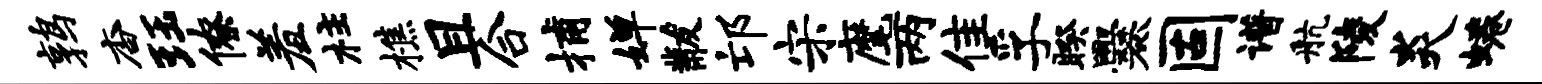
鹑杳珏僚羞柱樵且合捕婵黻邙宋麾两隹孚睽爨固谱航陵炎蜷